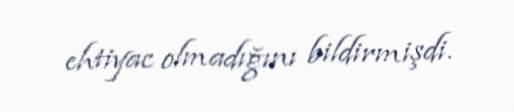
ehtiyac olmadığını bildirmişdi.